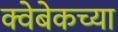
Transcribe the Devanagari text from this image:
क्वेबेकच्या